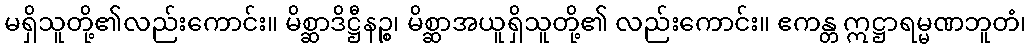
မရှိသူတို့၏လည်းကောင်း။ မိစ္ဆာဒိဋ္ဌီနဉ္စ၊ မိစ္ဆာအယူရှိသူတို့၏ လည်းကောင်း။ ဧကန္တ ဣဋ္ဌာရမ္မဏဘူတံ၊